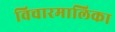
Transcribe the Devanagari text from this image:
विचारमालिका